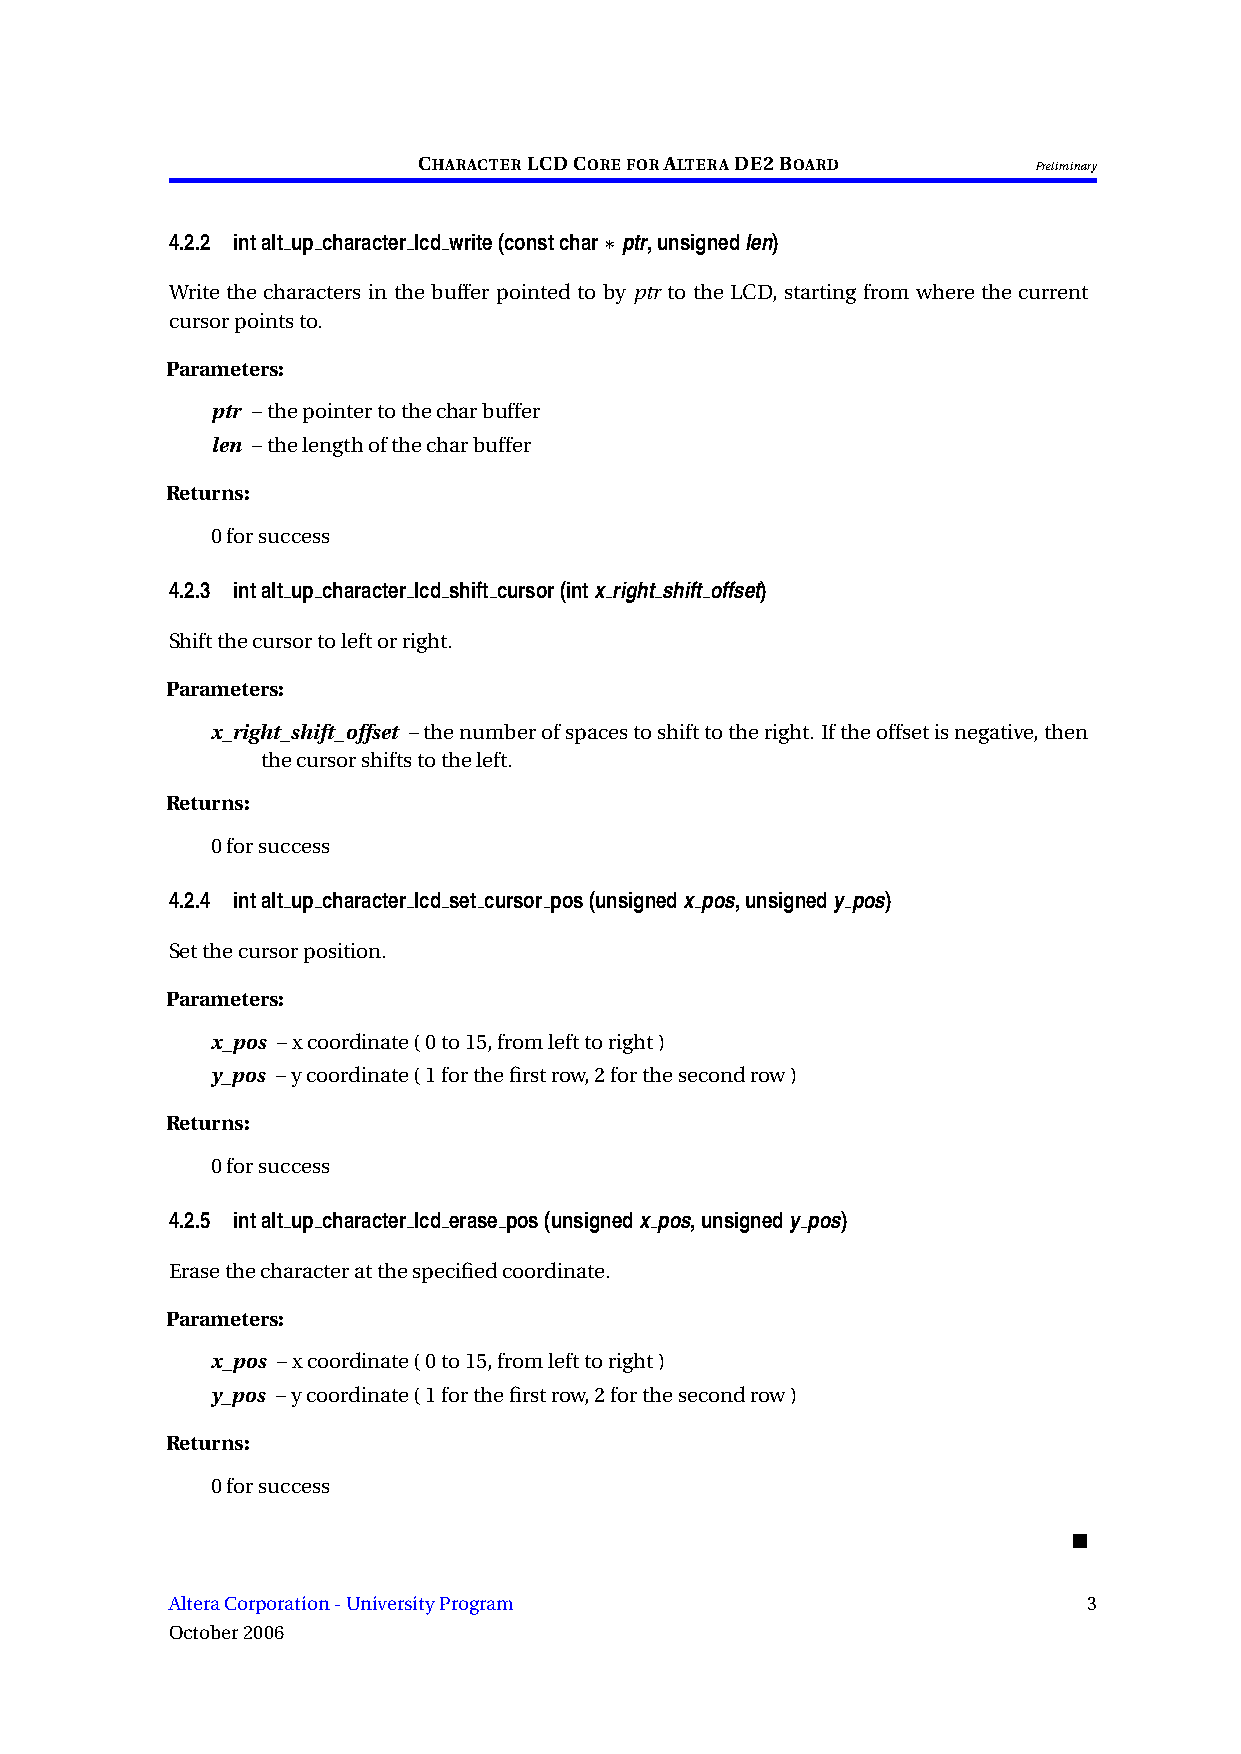
CHARACTERLCDCOREFORALTERADE2BOARD       Preliminary
 4.2.2 intalt up character lcd write(constchar∗ptr,unsignedlen)
 Write the characters in the buffer pointed to by ptr to the LCD, starting from where the current
 cursorpointsto.
 Parameters:
 ptr –thepointertothecharbuffer
 len –thelengthofthecharbuffer
 Returns:
 0forsuccess
 4.2.3 intalt up character lcd shift cursor(intx right shift offset)
 Shiftthecursortoleftorright.
 Parameters:
 x_right_shift_offset –thenumberofspacestoshifttotheright. Iftheoffsetisnegative,then
 thecursorshiftstotheleft.
 Returns:
 0forsuccess
 4.2.4 intalt up character lcd set cursor pos(unsignedx pos,unsignedy pos)
 Setthecursorposition.
 Parameters:
 x_pos –xcoordinate(0to15,fromlefttoright)
 y_pos –ycoordinate(1forthefirstrow,2forthesecondrow)
 Returns:
 0forsuccess
 4.2.5 intalt up character lcd erase pos(unsignedx pos,unsignedy pos)
 Erasethecharacteratthespecifiedcoordinate.
 Parameters:
 x_pos –xcoordinate(0to15,fromlefttoright)
 y_pos –ycoordinate(1forthefirstrow,2forthesecondrow)
 Returns:
 0forsuccess
 ■
 AlteraCorporation-UniversityProgram                          3
 October2006